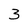
Character: 3